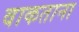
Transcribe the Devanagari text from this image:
वाकताना